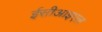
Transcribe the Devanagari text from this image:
ईसीआइएल